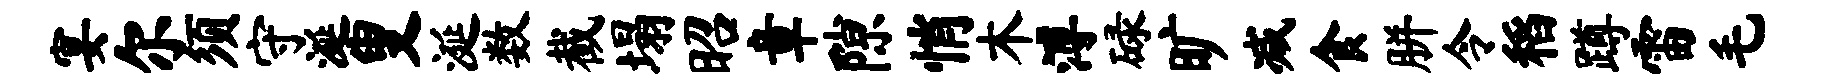
宴尔须守涎叟涎数截塌昭章隙悄木溥碌旷减食胼令稻蹲雷毛